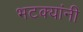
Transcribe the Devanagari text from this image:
भटक्यांनी